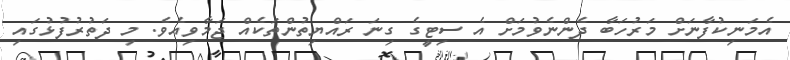
އެމަނިކުފާނަށް މަރުހަބާ ދެންނެވުމަށް އެ ސިޓީގެ ގިނަ ރައްޔިތުންތަކެއް ޖަމާވިއެވެ. މި ދަތުރުފުޅުގައި